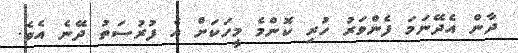
ދާން އެދޭނަމަ ފެންވަރު ހުރި ކޮންމެ މީހަކަށް އެ ފުރުސަތު ދޭނެ އެވެ.